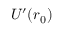
U ^ { \prime } ( r _ { 0 } )